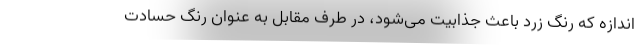
اندازه که رنگ زرد باعث جذابیت می‌شود، در طرف مقابل به عنوان رنگ حسادت